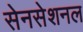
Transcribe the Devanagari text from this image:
सेनसेशनल